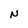
Character: N